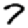
Digit: 7